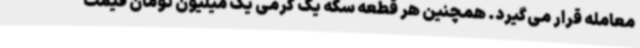
معامله قرار می‌گیرد. همچنین هر قطعه سکه یک گرمی یک میلیون تومان قیمت